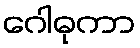
ဂေါဓုကာ